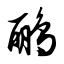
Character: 鹂